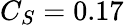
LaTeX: C_{S}=0.17